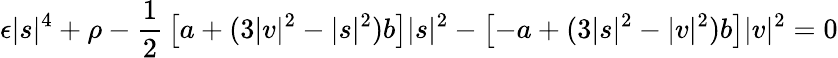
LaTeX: \epsilon|s|^{4}+\rho-{\frac{1}{2}}\left[a+(3|v|^{2}-|s|^{2})b\right]|s|^{2}-\left[-a+(3|s|^{2}-|v|^{2})b\right]|v|^{2}=0